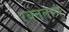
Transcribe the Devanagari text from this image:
रक्तताप